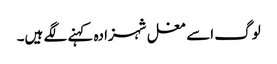
لوگ اسے مغل شہزادہ کہنے لگے ہیں۔